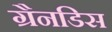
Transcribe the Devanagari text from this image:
ग्रैनडिस